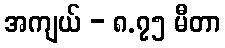
အကျယ် - ၈.၇၅ မီတာ